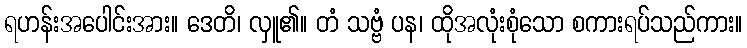
ရဟန်းအပေါင်းအား။ ဒေတိ၊ လှူ၏။ တံ သဗ္ဗံ ပန၊ ထိုအလုံးစုံသော စကားရပ်သည်ကား။